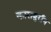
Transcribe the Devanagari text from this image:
काराबुराँन